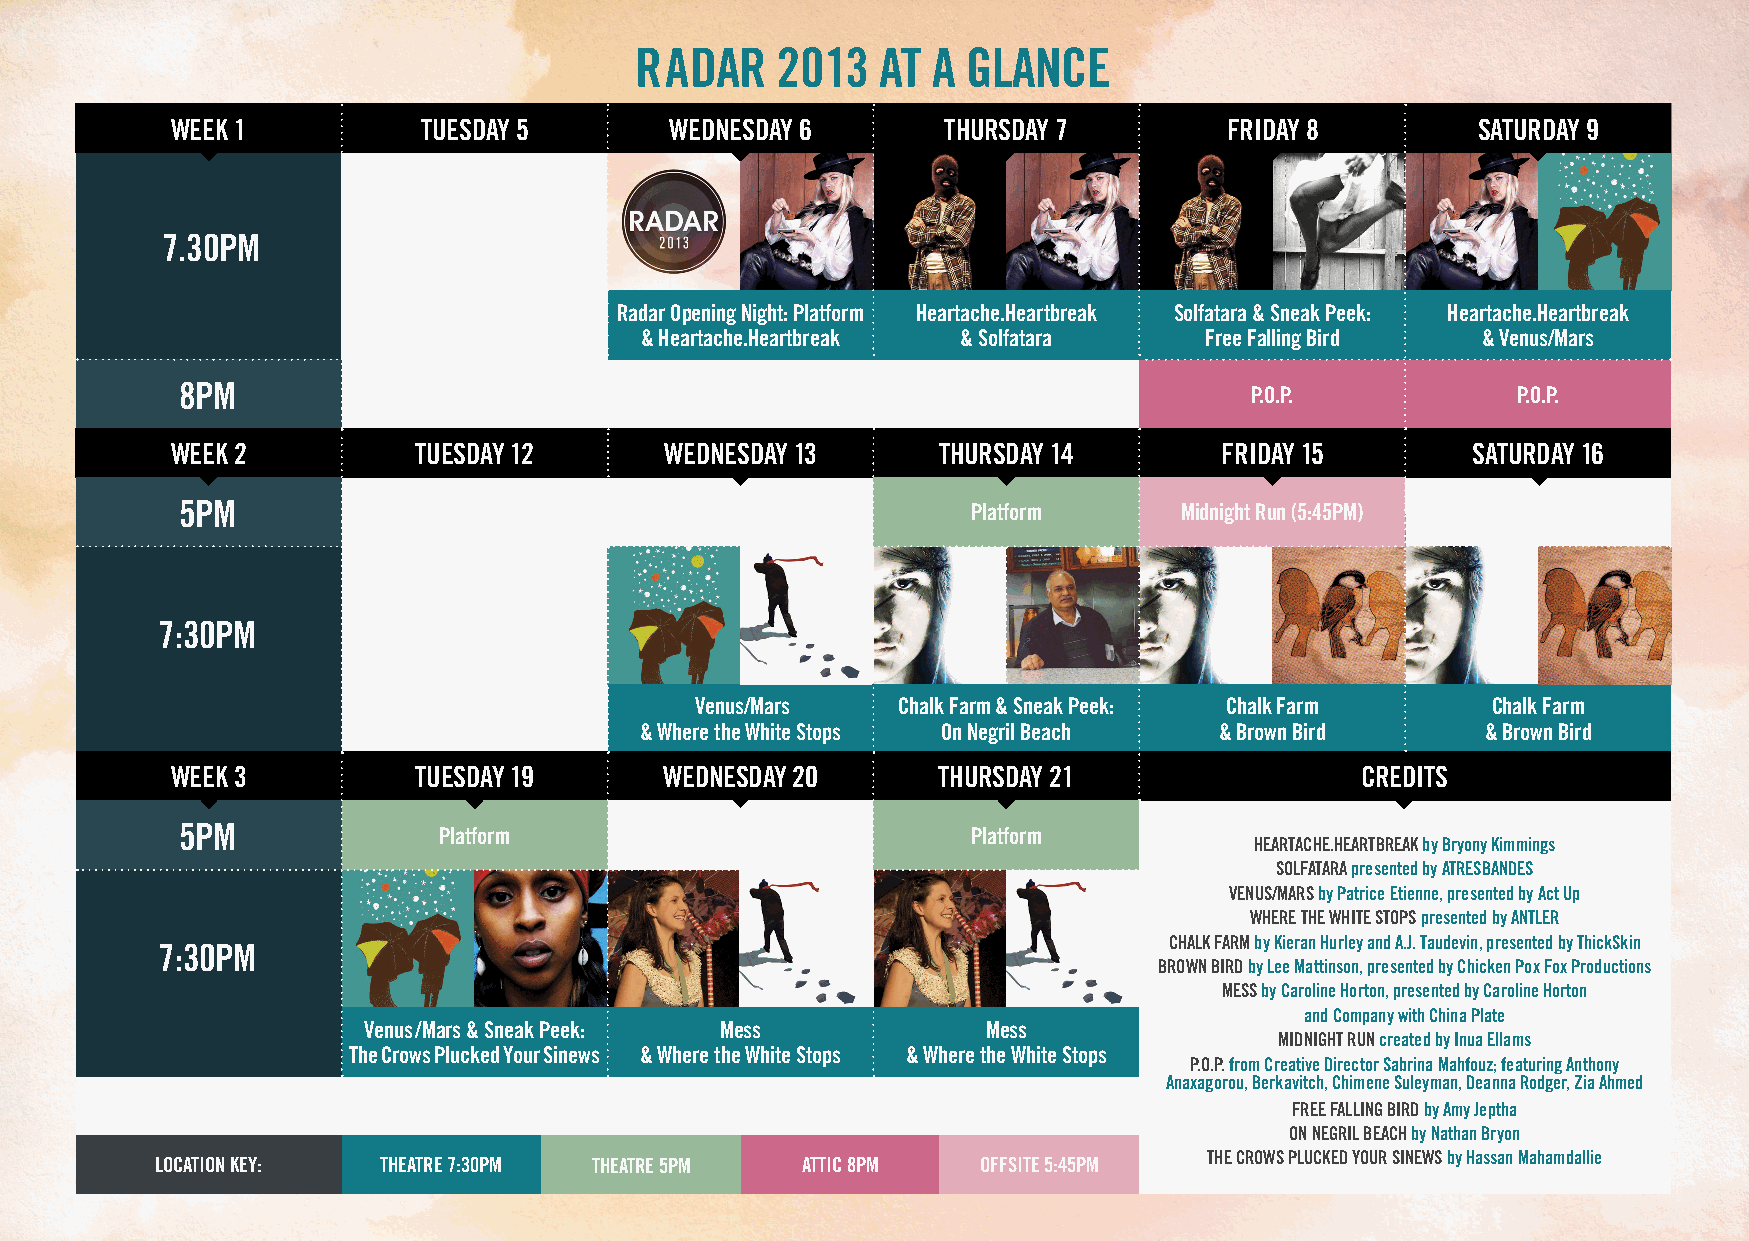
radar    2013   at  a glanCe
 weeK 1           tUeSdaY 5       wedneSdaY 6       thUrSdaY 7         fridaY 8         SatUrdaY 9
 7.30Pm
 radar opening night: Platform heartache.heartbreak Solfatara & Sneak Peek: heartache.heartbreak
 & heartache.heartbreak & Solfatara    free falling Bird & Venus/mars
 8Pm                                                                    P.o.P.           P.o.P.
 weeK 2          tUeSdaY 12       wedneSdaY 13      thUrSdaY 14        fridaY 15       SatUrdaY 16
 5Pm                                                 Platform      midnight run (5:45Pm)
 7:30Pm
 Venus/mars   Chalk farm & Sneak Peek: Chalk farm     Chalk farm
 & where the white Stops on negril Beach & Brown Bird    & Brown Bird
 weeK 3          tUeSdaY 19       wedneSdaY 20      thUrSdaY 21                 CreditS
 5Pm              Platform                           Platform
 heartaChe.heartBreaK by Bryony Kimmings
 Solfatara presented by atreSBandeS
 VenUS/marS by Patrice etienne, presented by act Up
 where the white StoPS presented by antler
 ChalK farm by Kieran hurley and a.J. taudevin, presented by thickSkin
 7:30Pm
 Brown Bird by lee mattinson, presented by Chicken Pox fox Productions
 meSS by Caroline horton, presented by Caroline horton
 and Company with China Plate
 Venus/mars & Sneak Peek: mess            mess
 midnight rUn created by inua ellams
 the Crows Plucked Your Sinews & where the white Stops & where the white Stops
 P.o.P. from Creative director Sabrina mahfouz; featuring anthony
 anaxagorou, Berkavitch, Chimene Suleyman, deanna rodger, Zia ahmed
 free falling Bird by amy Jeptha
 on negril BeaCh by nathan Bryon
 loCation KeY:  theatre 7:30Pm theatre 5Pm  attiC 8Pm   offSite 5:45Pm the CrowS PlUCKed YoUr SinewS by hassan mahamdallie